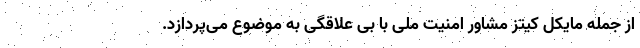
از جمله مایکل کیتز مشاور امنیت ملی با بی علاقگی به موضوع می‌پردازد.